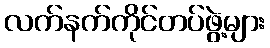
လက်နက်ကိုင်တပ်ဖွဲ့များ